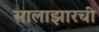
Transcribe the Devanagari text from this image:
सालाझारची